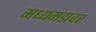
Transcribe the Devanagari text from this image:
मध्यमंडावर